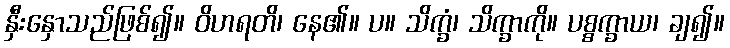
နှီးနှောသည်ဖြစ်၍။ ဝိဟရတိ၊ နေ၏။ ပ။ သိက္ခံ၊ သိက္ခာကို။ ပစ္စက္ခာယ၊ ချ၍။